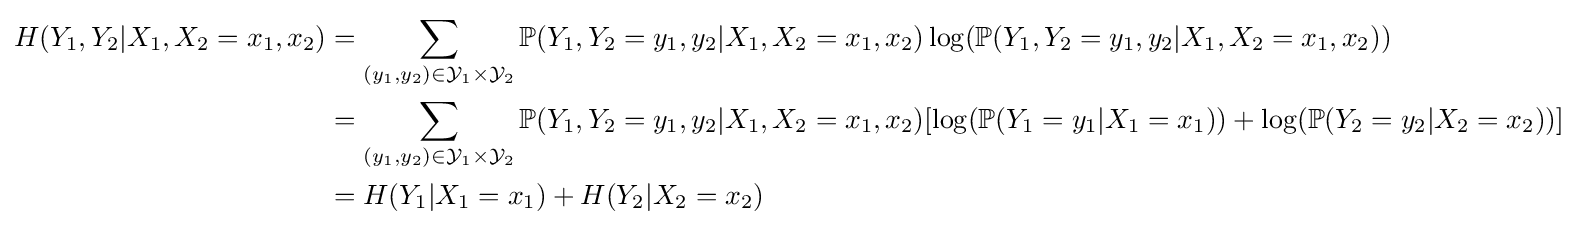
{\begin{aligned}H(Y_{1},Y_{2}|X_{1},X_{2}=x_{1},x_{2})&=\sum _{(y_{1},y_{2})\in {\mathcal {Y}}_{1}\times {\mathcal {Y}}_{2}}\mathbb {P} (Y_{1},Y_{2}=y_{1},y_{2}|X_{1},X_{2}=x_{1},x_{2})\log(\mathbb {P} (Y_{1},Y_{2}=y_{1},y_{2}|X_{1},X_{2}=x_{1},x_{2}))\\&=\sum _{(y_{1},y_{2})\in {\mathcal {Y}}_{1}\times {\mathcal {Y}}_{2}}\mathbb {P} (Y_{1},Y_{2}=y_{1},y_{2}|X_{1},X_{2}=x_{1},x_{2})[\log(\mathbb {P} (Y_{1}=y_{1}|X_{1}=x_{1}))+\log(\mathbb {P} (Y_{2}=y_{2}|X_{2}=x_{2}))]\\&=H(Y_{1}|X_{1}=x_{1})+H(Y_{2}|X_{2}=x_{2})\end{aligned}}